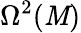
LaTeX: \Omega^{2}(\mathit{M})